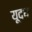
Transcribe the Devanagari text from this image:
यूदध